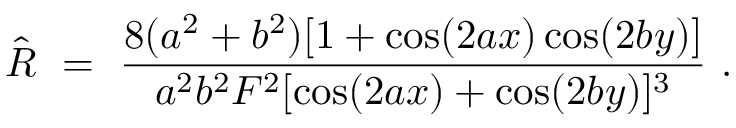
\hat { R } \ = \ \frac { 8 ( a ^ { 2 } + b ^ { 2 } ) [ 1 + \cos ( 2 a x ) \cos ( 2 b y ) ] } { a ^ { 2 } b ^ { 2 } F ^ { 2 } [ \cos ( 2 a x ) + \cos ( 2 b y ) ] ^ { 3 } } ~ .